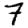
Digit: 7